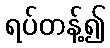
ရပ်တန့်၍